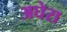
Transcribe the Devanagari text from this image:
अघेरा